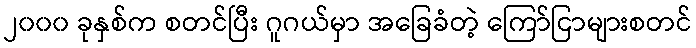
၂၀၀၀ ခုနှစ်က စတင်ပြီး ဂူဂယ်မှာ အခြေခံတဲ့ ကြော်ငြာများစတင်